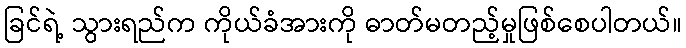
ခြင်ရဲ့ သွားရည်က ကိုယ်ခံအားကို ဓာတ်မတည့်မှုဖြစ်စေပါတယ်။